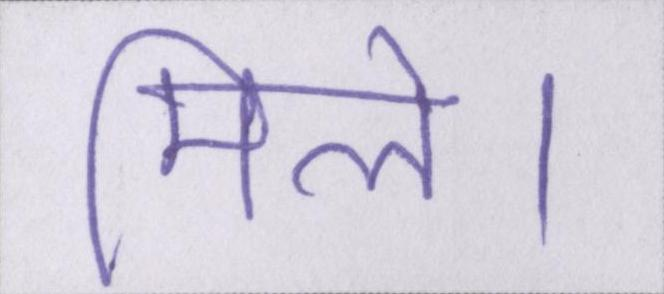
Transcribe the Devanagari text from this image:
मिले।